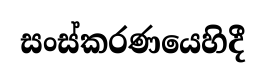
සංස්කරණයෙහිදී